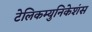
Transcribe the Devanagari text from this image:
टेलिकम्युनिकेशंस